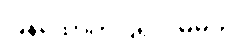
ပြန်ထောက်ပြရလိမ့်မယ်။